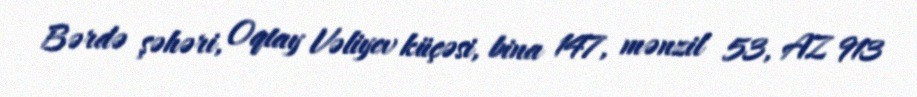
Bərdə şəhəri, Oqtay Vəliyev küçəsi, bina 147, mənzil 53, AZ 913